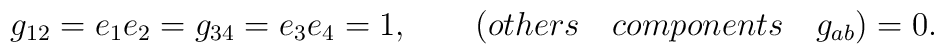
g_{12}= e_1 e_2 = g_{34}= e_3 e_4 = 1, \qquad (others\quad components \quad g_{ab}) = 0 .